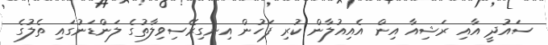
ސައުދީ އާއި ރަޝިއާ އިން އެއިއުލާން ކުރި ފަހުން އިނގިރޭސިވިލާތުގެ ލަންޑަނުގައި ތެލުގެ